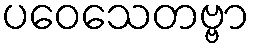
ပဝေသေတဗ္ဗာ